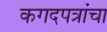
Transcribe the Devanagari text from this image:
कगदपत्रांचा